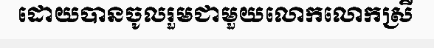
ដោយបានចូលរួមជាមួយលោកលោកស្រី